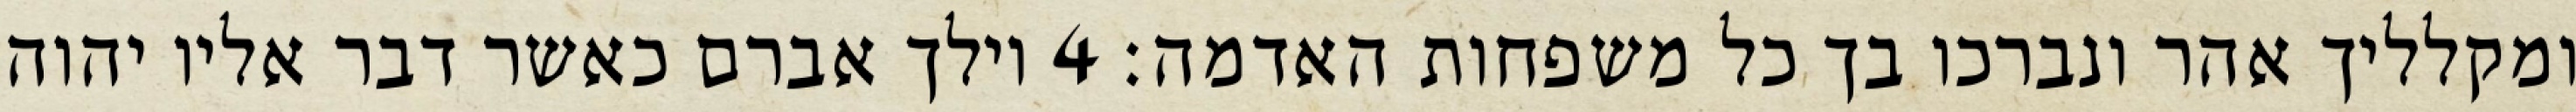
ומקלליך אהר ונברכו בך כל משפחות האדמה׃ ‎4‏ וילך אברם כאשר דבר אליו יהוה